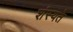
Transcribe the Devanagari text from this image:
शंस्यते